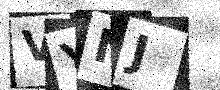
Text: VYNJ